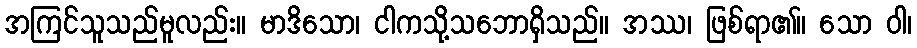
အကြင်သူသည်မူလည်း။ မာဒိသော၊ ငါကသို့သဘောရှိသည်။ အဿ၊ ဖြစ်ရာ၏။ သော ဝါ၊